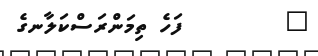
٨        ފަހެ ތިމަންރަސްކަލާނގެ